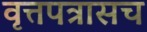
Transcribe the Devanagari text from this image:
वृत्तपत्रासच